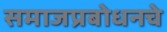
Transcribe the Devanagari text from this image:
समाजप्रबोधनचे